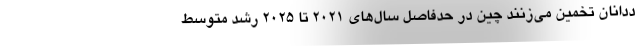
ددانان تخمین می‌زنند چین در حدفاصل سال‌های ۲۰۲۱ تا ۲۰۲۵ رشد متوسط